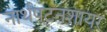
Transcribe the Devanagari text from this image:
नार्थपटनशायर